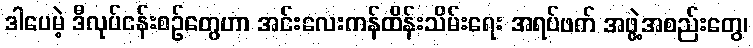
ဒါပေမဲ့ ဒီလုပ်ငန်းစဉ်တွေဟာ အင်းလေးကန်ထိန်းသိမ်းရေး အရပ်ဖက် အဖွဲ့အစည်းတွေ၊